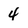
Character: 4